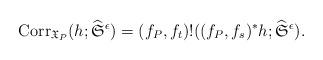
LaTeX: \begin{align*}{\rm Corr}_{\frak X_P}(h;\widehat{\frak S}^{\epsilon})=(f_P,f_t)!((f_P,f_s)^*h;\widehat{\frak S}^{\epsilon}).\end{align*}